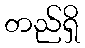
တည်ရှိ